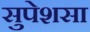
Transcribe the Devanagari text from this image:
सुपेशसा